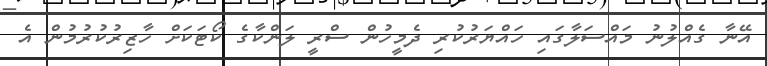
އޭނާ ގެއްލުނު މައްސަލާގައި ހައްޔަރުކުރި ދެމީހުން ސްރީ ލަންކާގެ ކޯޓަކަށް ހާޒިރުކުރުމުން އެ